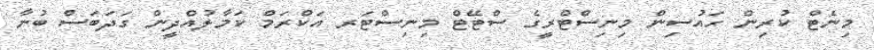
މިނެޓް ކުރިން ހައުސިން މިނިސްޓްރީގެ ސްޓޭޓް މިނިސްޓަރ އަކްރަމް ކަމާލުއްދީން ގަދަބަސް ބުނާ